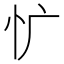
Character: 𰐾